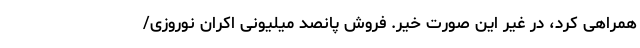
همراهی کرد، در غیر این صورت خیر. فروش پانصد میلیونی اکران نوروزی/